Rules regarding the measures to be adopted on the outbreak of cholera or appearance of small-pox
Disease focus: Cholera
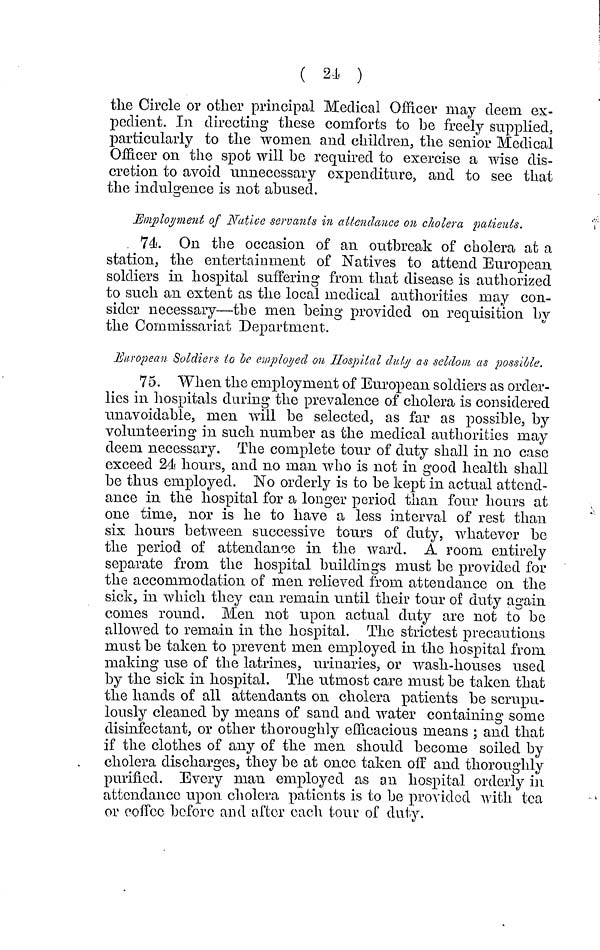
( 21 )
the Circle or other principal Medical Officer may deem ex-
pedient. In directing these comforts to he freely supplied,
particularly to the women and children, the senior Medical
Officer on the spot will he required to exercise a wise dis-
cretion to avoid unnecessary expenditure, and to see that
the indulgence is not abused.
Employment of Native servants in attendance on cholera patients.
74. On the occasion of an outbreak of cholera at a
station, the entertainment of Natives to attend European
soldiers in hospital suffering from that disease is authorized
to such an extent as the local medical authorities may con-
sider necessary—the men being provided on requisition by
the Commissariat Department.
European Soldiers lo be employed on Hospital duly as seldom as possible.
75. When the employment of European soldiers as order-
lies in hospitals during the prevalence of cholera is considered
unavoidable, men will be selected, as far as possible, by
volunteering in such number as the medical authorities may
deem necessary. The complete tour of duty shall in 110 case
exceed 24 hours, and no man who is not in good health shall
be thus employed. No orderly is to be kept in actual attend-
ance in the hospital for a longer period than four hours at
one time, nor is he to have a less interval of rest than
six hours between successive tours of duty, whatever be
the period of attendance in the ward. A room entirely
separate from the hospital buildings must be provided for
the accommodation of men relieved from attendance on the
sick, in which they can remain until their tour of duty again
comes round. Men not upon actual duty are not to be
allowed to remain in the hospital. The strictest precautions
must be taken to prevent men employed in the hospital from
making use of the latrines, urinaries, or wash-houses used
by the sick in hospital. The utmost care must be taken that
the hands of all attendants on cholera patients be scrupu-
lously cleaned by means of sand and water containing some
disinfectant, or other thoroughly efficacious means ; and that
if the clothes of any of the men should become soiled by
cholera discharges, they be at once taken off and thoroughly
purified. Every man employed as an hospital orderly in
attendance upon cholera patients is to be provided with tea
or coffee before and after each tour of duty.